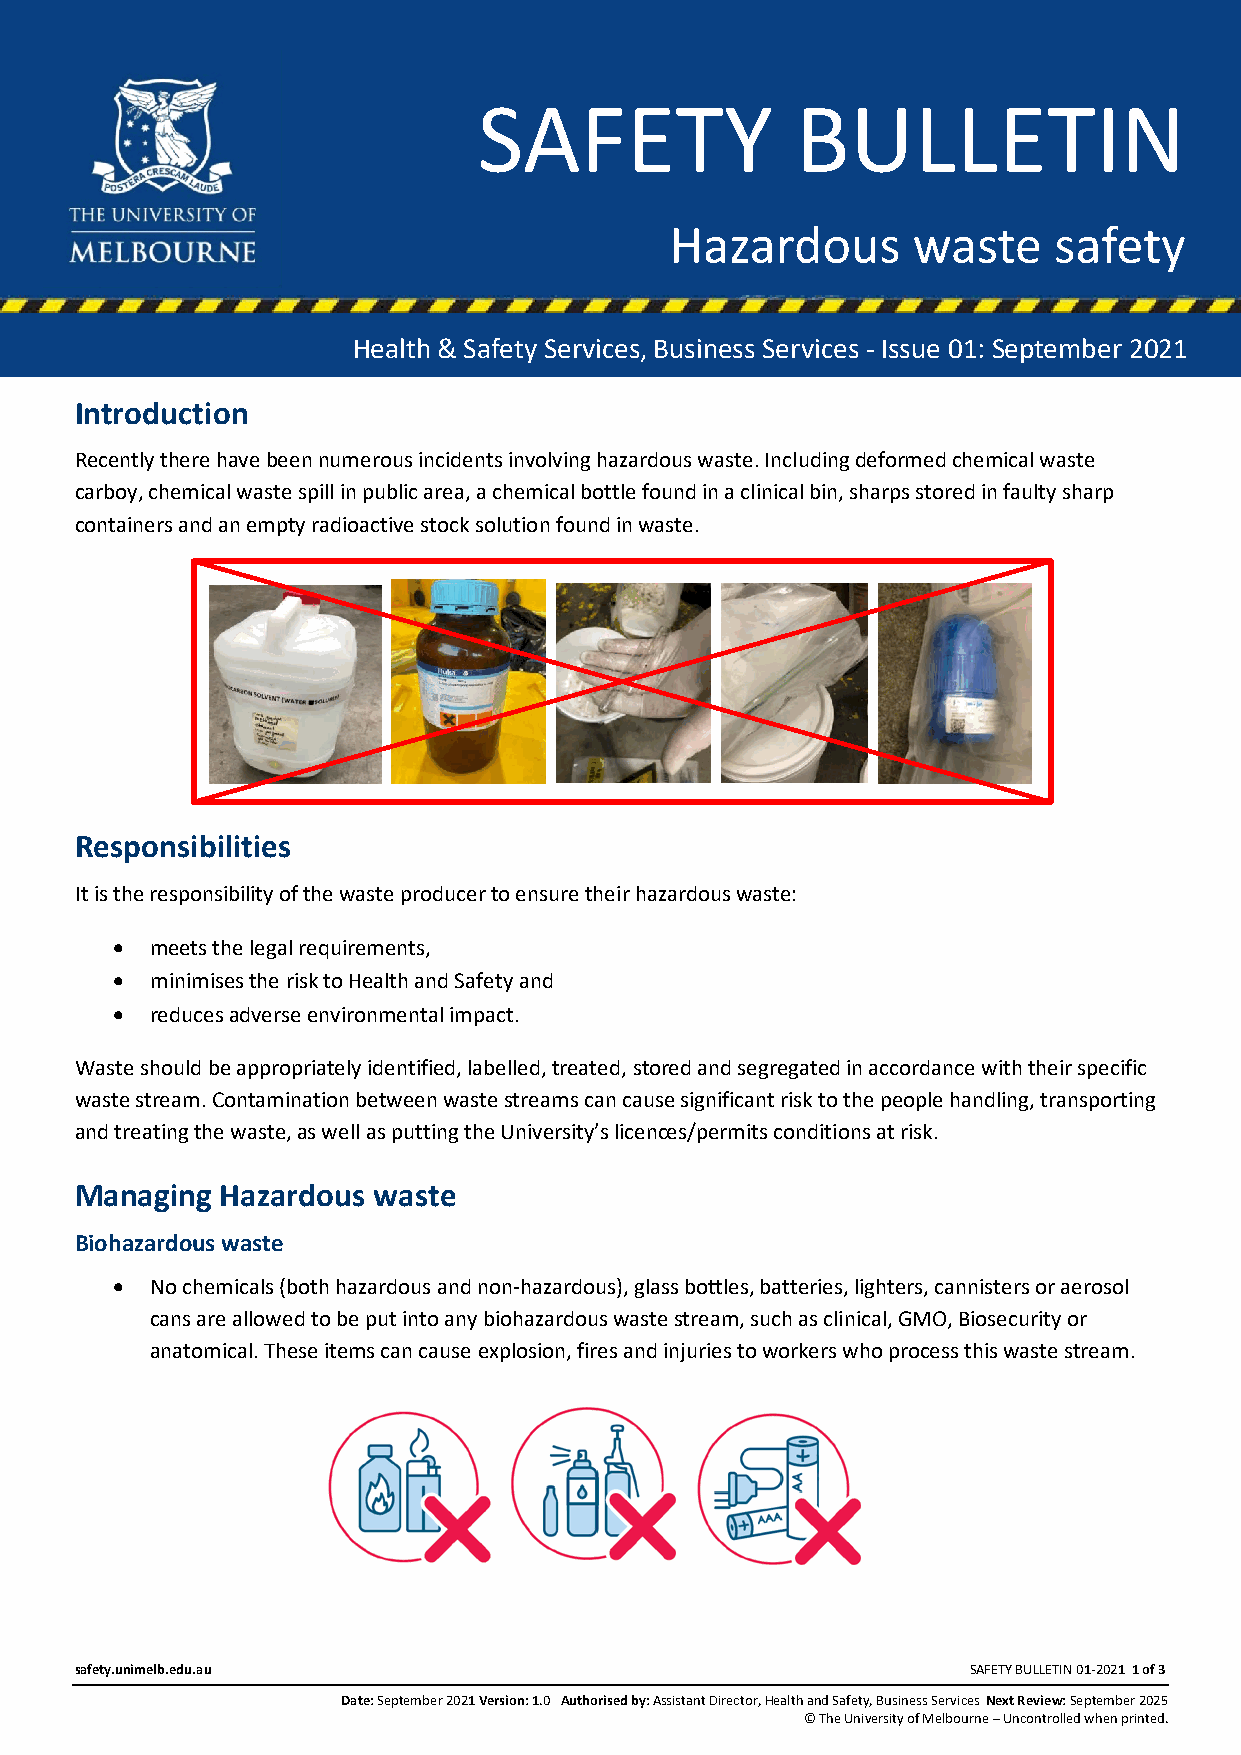
SAFETY BULLETIN 01-2021                     Health and Safety Services, Business Services
 SAFETY               BULLETIN
 Hazardous       waste     safety
 \
 Health & Safety Services, Business Services - Issue 01: September 2021
 Introduction
 Recently there have been numerous incidents involving hazardous waste. Including deformed chemical waste
 carboy, chemical waste spill in public area, a chemical bottle found in a clinical bin, sharps stored in faulty sharp
 containers and an empty radioactive stock solution found in waste.
 Responsibilities
 It is the responsibility of the waste producer to ensure their hazardous waste:
 •  meets the legal requirements,
 •  minimises the risk to Health and Safety and
 •  reduces adverse environmental impact.
 Waste should be appropriately identified, labelled, treated, stored and segregated in accordance with their specific
 waste stream. Contamination between waste streams can cause significant risk to the people handling, transporting
 and treating the waste, as well as putting the University’s licences/permits conditions at risk.
 Managing  Hazardous waste
 Biohazardous waste
 •  No chemicals (both hazardous and non-hazardous), glass bottles, batteries, lighters, cannisters or aerosol
 cans are allowed to be put into any biohazardous waste stream, such as clinical, GMO, Biosecurity or
 anatomical. These items can cause explosion, fires and injuries to workers who process this waste stream.
 safety.unimelb.edu.au                                      SAFETY BULLETIN 01-2021 1 of 3
 Date: September 2021 Version: 1.0 Authorised by: Assistant Director, Health and Safety, Business Services Next Review: September 2025
 © The University of Melbourne – Uncontrolled when printed.